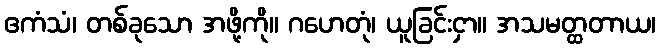
ဧကံသံ၊ တစ်ခုသော အဖို့ကို။ ဂဟေတုံ၊ ယူခြင်းငှာ။ အသမတ္ထတာယ၊